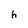
Character: h